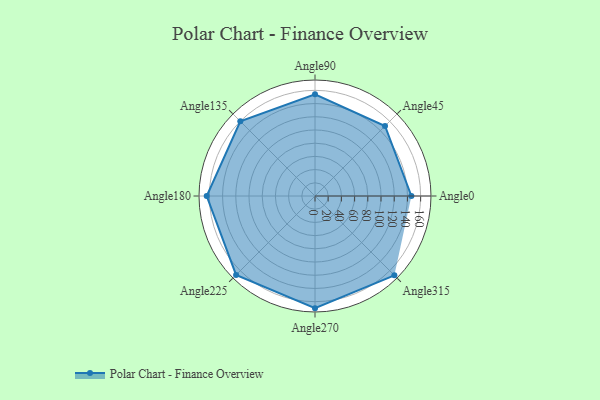
{"axis": {"x": "Angle", "y": "Radius"}, "legend": [""], "data": [{"x": "Angle0", "y": 146.0, "type": ""}, {"x": "Angle45", "y": 150.0, "type": ""}, {"x": "Angle90", "y": 154.0, "type": ""}, {"x": "Angle135", "y": 160.0, "type": ""}, {"x": "Angle180", "y": 164.0, "type": ""}, {"x": "Angle225", "y": 169.0, "type": ""}, {"x": "Angle270", "y": 170, "type": ""}, {"x": "Angle315", "y": 170, "type": ""}]}